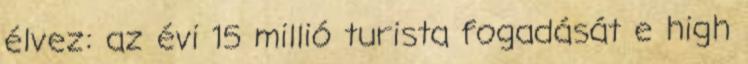
élvez: az évi 15 millió turista fogadását e high